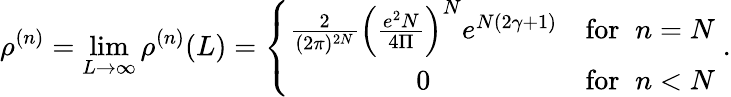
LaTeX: \rho^{(n)}=\operatorname*{lim}_{L\rightarrow\infty}\rho^{(n)}(L)=\left\{ \begin{array}{cr}{{\frac{2}{(2\pi)^{2N}}\Big(\frac{e^{2}N}{4\Pi}\Big)^{N}e^{N(2\gamma+1)}}}&{{\mathrm{for}\; \; n=N}}\\ {{0}}&{{\mathrm{for}\; \; n<N}}\end{array}\right.\; .